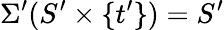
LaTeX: \Sigma^{\prime}(S^{\prime}\times\{ t^{\prime}\} )=S^{\prime}